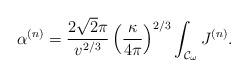
LaTeX: \begin{align*}\alpha^{(n)}=\frac{2\sqrt{2}\pi}{v^{2/3}}\left(\frac{\kappa}{4\pi}\right)^{2/3}\int_{{\cal{C}}_{\omega}}{J^{(n)}}.\end{align*}